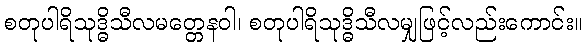
စတုပါရိသုဒ္ဓိသီလမတ္တေနဝါ၊ စတုပါရိသုဒ္ဓိသီလမျှဖြင့်လည်းကောင်း။